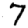
Digit: 7